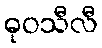
ဓုဝသီလီ